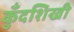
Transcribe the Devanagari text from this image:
कुँदशिखी